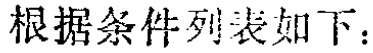
根据条件列表如下：